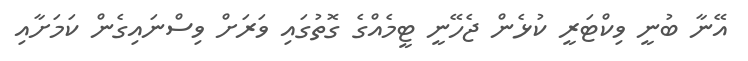
އޭނާ ބުނީ ވިކްޓަރީ ކުޅެން ޖެހޭނީ ޓީމެއްގެ ގޮތުގައި ވަރަށް ވިސްނައިގެން ކަމަށާއި